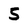
Character: 5